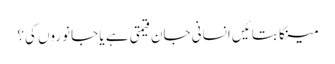
مینکا بتائیں انسانی جان قیمتی ہے یا جانوروں کی؟